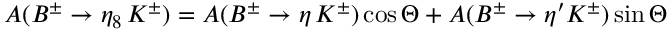
A ( B ^ { \pm } \to \eta _ { 8 } \, K ^ { \pm } ) = A ( B ^ { \pm } \to \eta \, K ^ { \pm } ) \cos \Theta + A ( B ^ { \pm } \to \eta ^ { \prime } K ^ { \pm } ) \sin \Theta